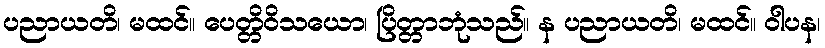
ပညာယတိ၊ မထင်။ ပေတ္တိဝိသယော၊ ပြိတ္တာဘုံသည်။ န ပညာယတိ၊ မထင်။ ဝါပန၊